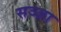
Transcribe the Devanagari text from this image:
सञ्ज्ञा